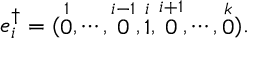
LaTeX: e _ { i } ^ { \dag } = ( \stackrel { 1 } { 0 } , \cdots , \stackrel { i - 1 } { 0 } , \stackrel { i } { 1 } , \stackrel { i + 1 } { 0 } , \cdots , \stackrel { k } { 0 } ) .